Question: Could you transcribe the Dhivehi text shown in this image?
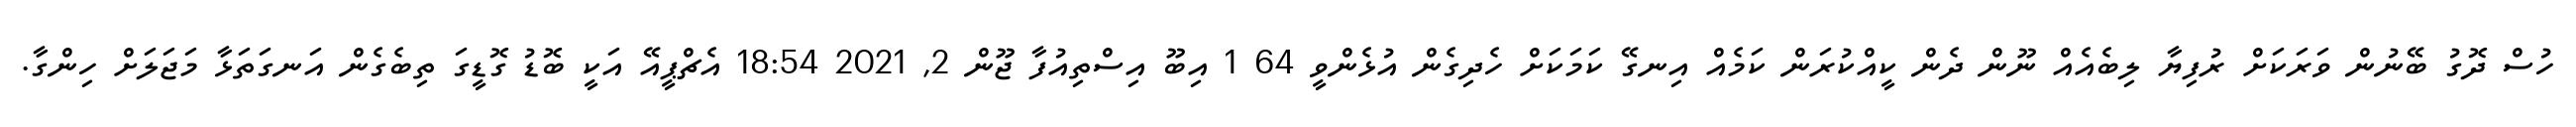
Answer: ހުސް ދޮގު ބޭނުން ވަރަކަށް ރުފިޔާ ލިބެއެއް ނޫން ދެން ކީއްކުރަން ކަމެއް އިނގޭ ކަމަކަށް ހެދިގެން އުޅެންވީ 64 1 އިބޫ އިސްތިއުފާ ޖޫން 2, 2021 18:54 އެޗްޕީއޭ އަކީ ބޮޑު ގޮޑީގަ ތިބެގެން އަނގަތަޅާ މަޖަލަށް ހިންގާ.